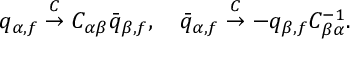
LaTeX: q _ { \alpha , f } \stackrel { C } { \rightarrow } C _ { \alpha \beta } \bar { q } _ { \beta , f } , \quad \bar { q } _ { \alpha , f } \stackrel { C } { \rightarrow } - q _ { \beta , f } C _ { \beta \alpha } ^ { - 1 } .